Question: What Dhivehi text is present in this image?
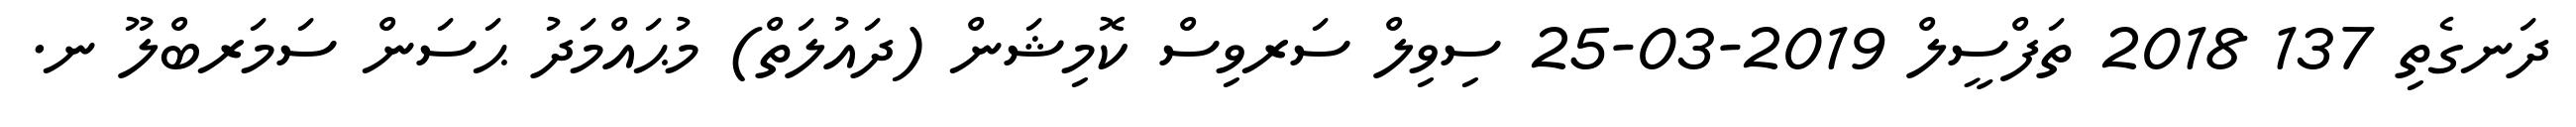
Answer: ދަނގެތި 137 2018 ތަފްސީލް 2019-03-25 ސިވިލް ސަރވިސް ކޮމިޝަން (ދައުލަތް) މުޙައްމަދު ޙަސަން ސަމަރބްލޫ ނ.